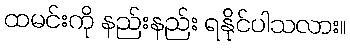
ထမင်းကို နည်းနည်း ရနိုင်ပါသလား။